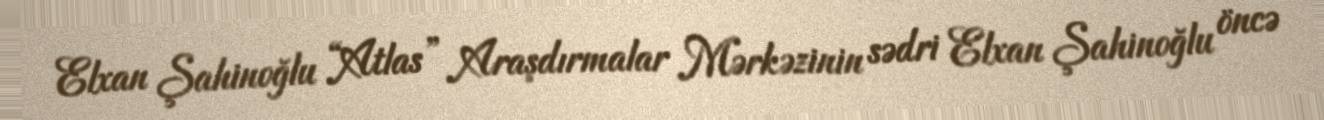
Elxan Şahinoğlu “Atlas” Araşdırmalar Mərkəzinin sədri Elxan Şahinoğlu öncə